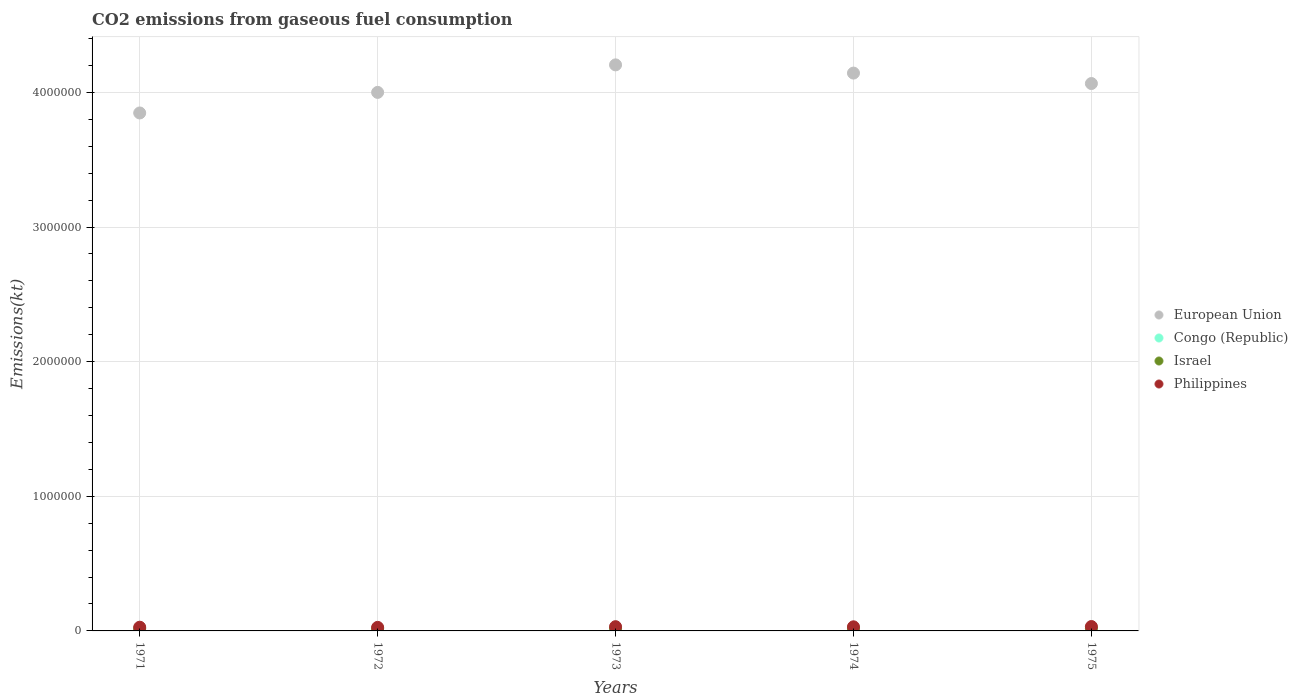
| Years | European Union | Congo (Republic) | Israel | Philippines |
 | --- | --- | --- | --- | --- |
 | 1971 | 3.85e+06 | 686 | 1.62e+04 | 2.76e+04 |
 | 1972 | 4e+06 | 664 | 1.69e+04 | 2.64e+04 |
 | 1973 | 4.2e+06 | 1.22e+03 | 1.93e+04 | 3.15e+04 |
 | 1974 | 4.14e+06 | 1.62e+03 | 1.94e+04 | 3.05e+04 |
 | 1975 | 4.07e+06 | 1.1e+03 | 1.96e+04 | 3.25e+04 |